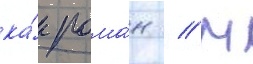
ка́к рома́н // М